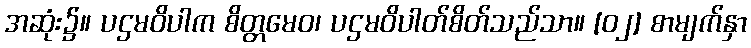
အဆုံး၌။ ပဌမဝိပါက စိတ္တမေဝ၊ ပဌမဝိပါတ်စိတ်သည်သာ။ [၀၂] စာမျက်နှာ